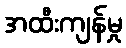
အထီးကျန်မှု